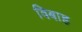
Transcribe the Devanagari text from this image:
विबाह